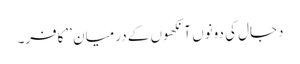
دجال کی دونوں آنکھوں کے درمیان ’’کافر۔